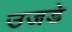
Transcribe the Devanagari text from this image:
उजडे